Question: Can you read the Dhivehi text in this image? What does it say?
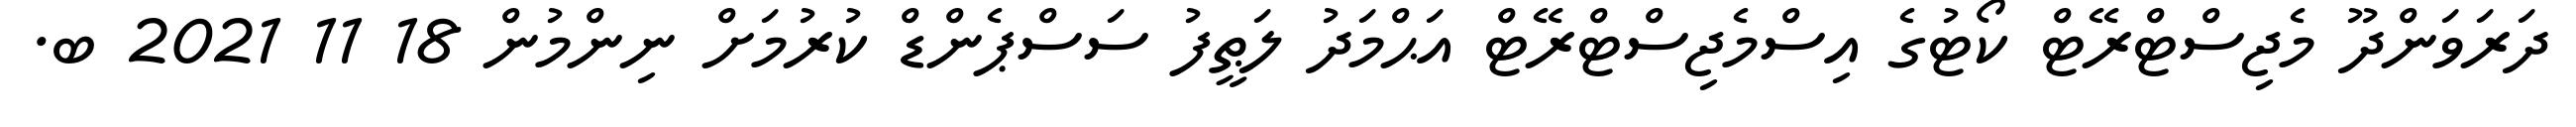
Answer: ދަރަވަންދޫ މެޖިސްޓްރޭޓް ކޯޓުގެ އިސްމެޖިސްޓްރޭޓް އަޙްމަދު ލަޠީފު ސަސްޕެންޑް ކުރުމަށް ނިންމުން 18 11 2021 ބ.